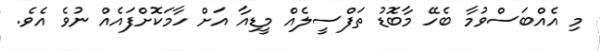
މި އެއްބަސްވުމާ ބެހޭ މާބޮޑު ތަފްސީލެއް މީޑިއާ އަށް ހާމަކޮށްފައެއް ނުވެ އެވެ.